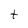
Character: t